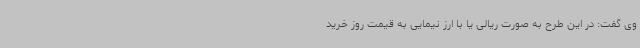
وی گفت: در این طرح به صورت ریالی یا با ارز نیمایی به قیمت روز خرید